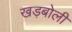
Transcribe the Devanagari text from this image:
खड़बोली